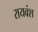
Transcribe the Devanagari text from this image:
रायवंश